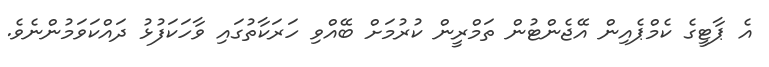
އެ ޕާޓީގެ ކެމްޕެއިން އޭޖެންޓުން ތަމްރީން ކުރުމަށް ބޭއްވި ހަރަކާތުގައި ވާހަކަފުޅު ދައްކަވަމުންނެވެ.